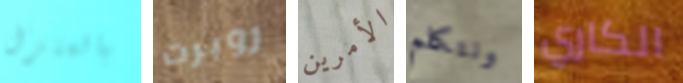
بالمنزل روبرت الأمرين ونتكلم الكاري